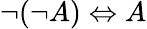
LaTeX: \neg(\neg A)\Leftrightarrow A